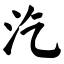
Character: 汔